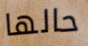
حالها